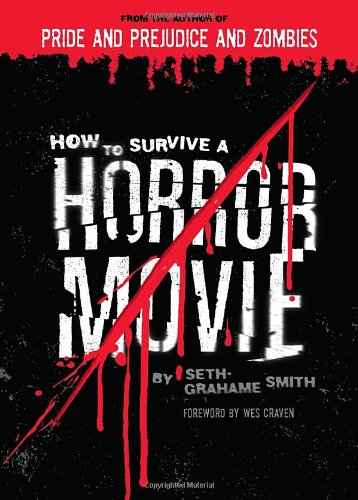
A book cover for How to Survive a Horror Movie; Seth Grahame-Smith; Humor & Entertainment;